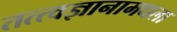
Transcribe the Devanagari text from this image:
तत्त्वज्ञानामधला